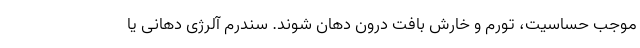
موجب حساسیت، تورم و خارش بافت درون دهان شوند. سندرم آلرژی دهانی یا